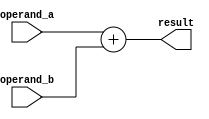
module accumulator
    #(
        parameter WIDTH = 16    // Bit width of operands
    )
    (
        input signed    [WIDTH-1:0]  operand_a,
        input signed    [WIDTH-1:0]  operand_b,

        output signed   [WIDTH-1:0]  result
    );
    
    assign result = operand_a + operand_b;

endmodule